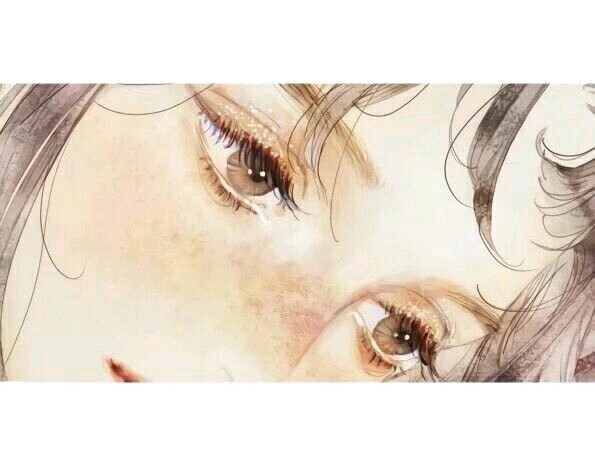
儿女已在眼，眉目略不省。